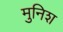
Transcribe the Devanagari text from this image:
मुनिश